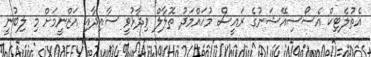
އެތުލެޓިކް އެސޯސިއޭޝަނުގެ ރައީސް މުހައްމަދު ތޮލާލް ވިދާޅުވީ ސާއިދާއި އަޒްނީމަށް މި ލިބުނީ